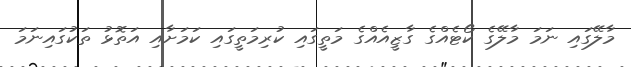
މާލޭގައި ނަމަ މާލޭގެ ކޯޓެއްގެ ގާޒީއެއްގެ މަތީގައި ކުރިމަތީގައި ކަމަށާއި އަތޮޅު ތަކުގައިނަމަ